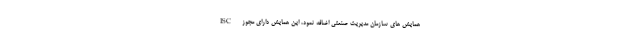
همایش های سازمان مدیریت صنعتی اضافه نمود، این همایش دارای مجوز ISC